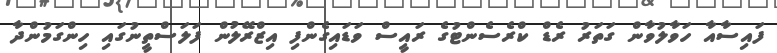
ފައިސާއާ ހަވާލުވާން ގަތަރު ރެޑް ކްރެސެންޓުގެ ރައީސް ވަޑައިގެންފި އިޒްރޭލުން ފަލަސްތީނުގައި ހިންގަމުންދާ